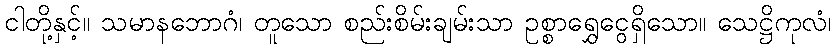
ငါတို့နှင့်။ သမာနဘောဂံ၊ တူသော စည်းစိမ်းချမ်းသာ ဥစ္စာရွှေငွေရှိသော။ သေဋ္ဌိကုလံ၊